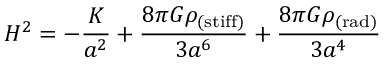
H ^ { 2 } = - \frac { K } { a ^ { 2 } } + \frac { 8 \pi G \rho _ { \mathrm { ( s t i f f ) } } } { 3 a ^ { 6 } } + \frac { 8 \pi G \rho _ { \mathrm { ( r a d ) } } } { 3 a ^ { 4 } }